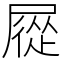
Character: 㞞